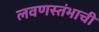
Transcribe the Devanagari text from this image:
लवणस्तंभाची